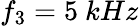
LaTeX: f_{3}=5~kHz